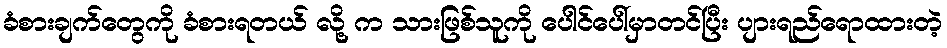
ခံစားချက်တွေကို ခံစားရတယ် လို့ က သားဖြစ်သူကို ပေါင်ပေါ်မှာတင်ပြီး ပျားရည်ရောထားတဲ့